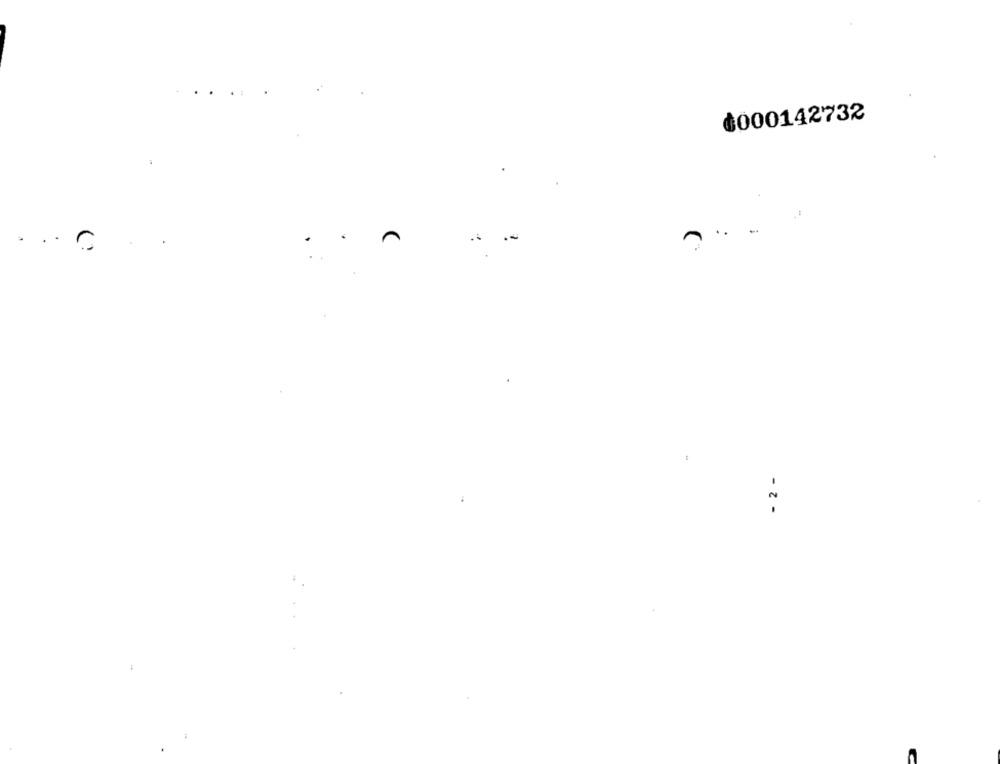
៛000142732
.4
....
- 2 -